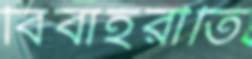
বিবাহরীতি